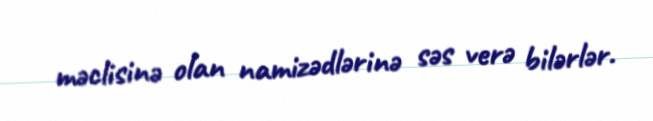
məclisinə olan namizədlərinə səs verə bilərlər.